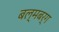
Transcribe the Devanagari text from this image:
बल्मबर्ग